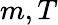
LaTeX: m,T